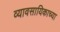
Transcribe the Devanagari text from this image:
व्यावसायिकाच्या